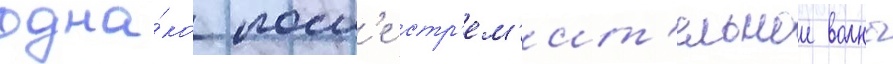
одна́ко посл'е стр'ем'ит'ельнои волны